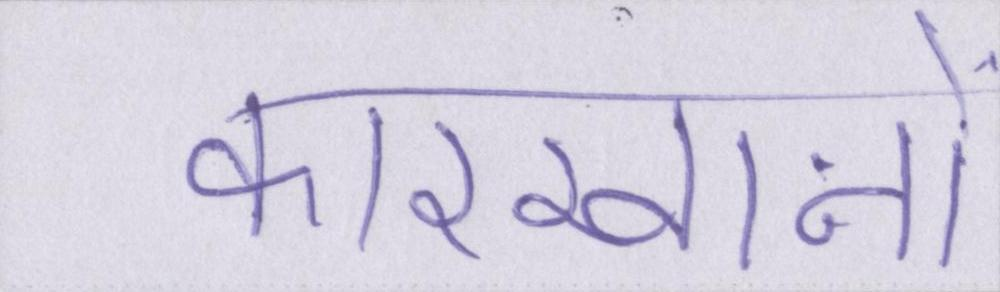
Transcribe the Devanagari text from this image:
कारखानों